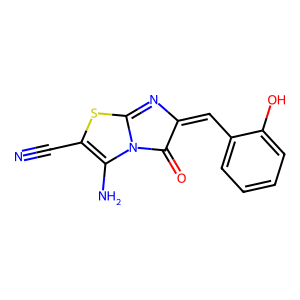
SMILES: N#CC1=C(N)N2C(=O)C(=Cc3ccccc3O)N=C2S1
Inhibits HIV replication: No